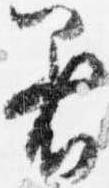
着